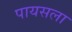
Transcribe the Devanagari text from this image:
पायसला